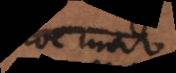
hoc modo